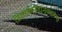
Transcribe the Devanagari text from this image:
त्रिशडकोर्वेदानुवचनम्।